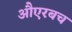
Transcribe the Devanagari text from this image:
औएरबच